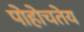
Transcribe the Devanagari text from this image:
पोहोचतेय